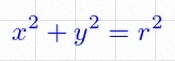
x^2+y^2=r^2